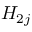
H _ { 2 j }